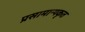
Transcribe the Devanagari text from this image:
प्रसामान्यकृत